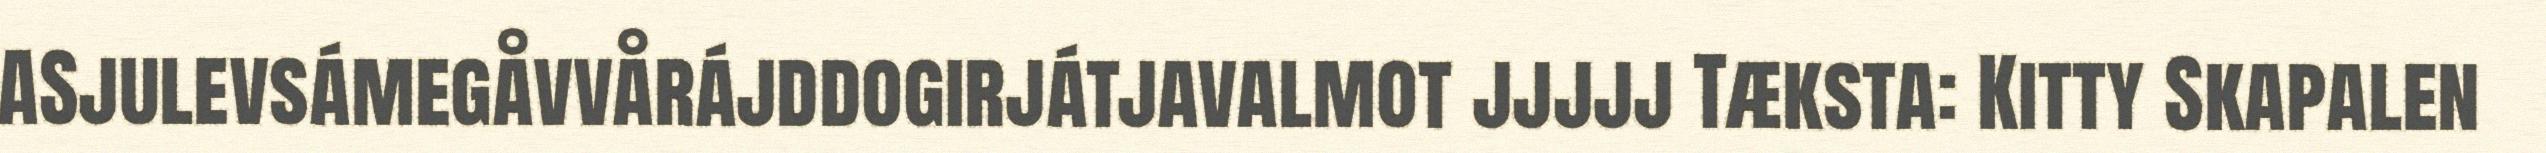
ASjulevsámegåvvårájddogirjátjavalmot jjjjj Tæksta: Kitty Skapalen